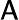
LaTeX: \mathsf{A}